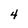
Character: 4